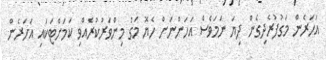
އަހަރެން މަގުފުރެދިގެން ދިޔަ ނަމަވެސް އަހަންނަށް ހެޔޮ މަގު މިންވަރުކުރެއްވި ކަމަށްޓަކައި އަހަރެން